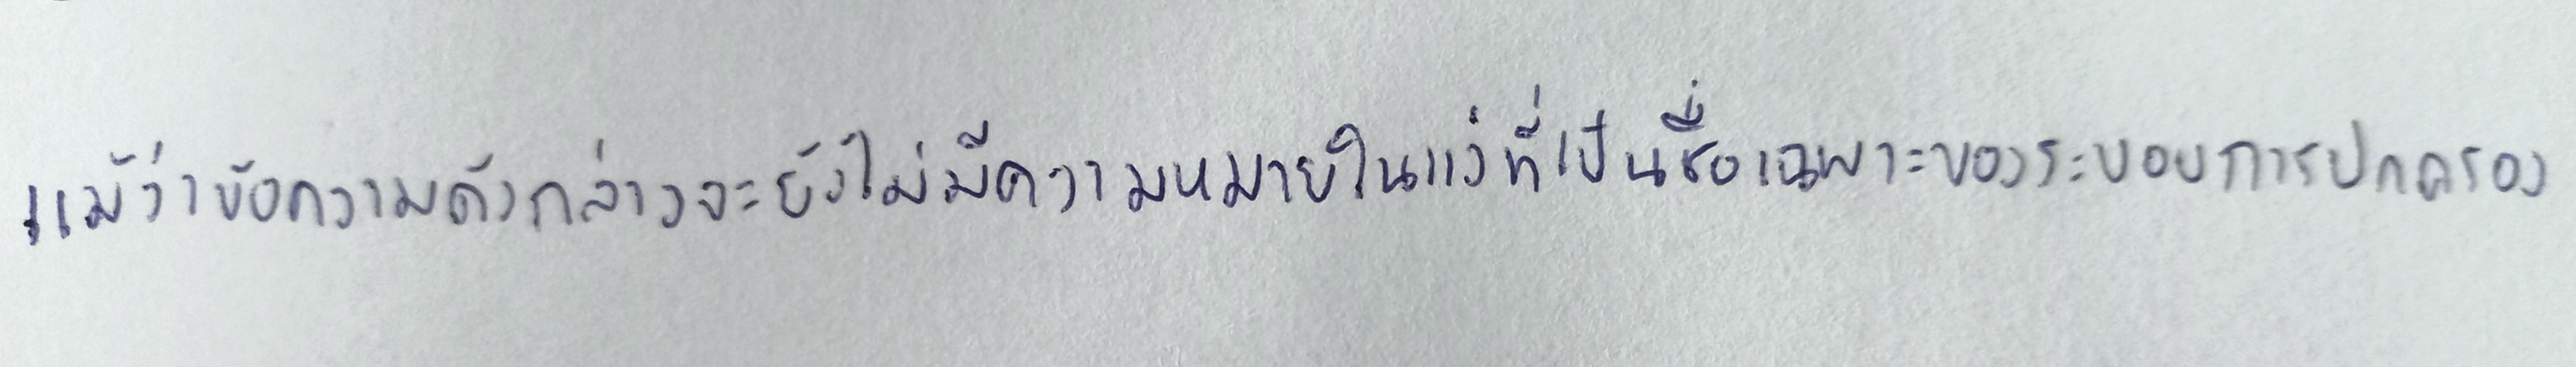
แม้ว่าข้อความดังกล่าวจะยังไม่มีความหมายในแง่ที่เป็นชื่อเฉพาะของระบอบการปกครอง